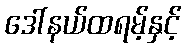
ဒေါ်နယ်ထရမ့်နှင့်